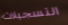
التسجيلات